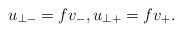
\begin{align*} u_{\perp -}=fv_-,u_{\perp +}=fv_+.\end{align*}